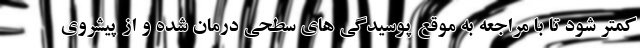
کمتر شود تا با مراجعه به موقع پوسیدگی های سطحی درمان شده و از پیشروی